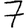
Digit: 7